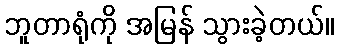
ဘူတာရုံကို အမြန် သွားခဲ့တယ်။